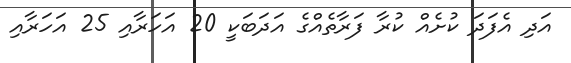
އަދި އެފަދަ ކުށެއް ކުރާ ފަރާތެއްގެ އަދަބަކީ 20 އަހަރާއި 25 އަހަރާއި